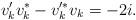
LaTeX: \begin{align*}v'_kv^*_k-v'^*_k v_k=-2i.\end{align*}